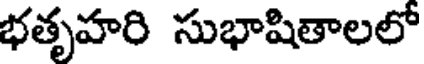
భతృహరి సుభాషితాలలో